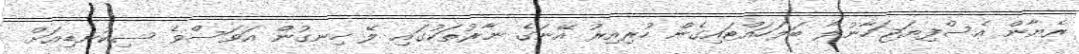
ރެޔާން އެސްފިޔަޖަހާނުލާ ބަލަހައްޓައިގެން ހުރިއިރު އޭނަގެ ނާރުތަކުގައި ލޭ ހިނގުން އަވަސްވެ ސިކުނޑިއަށް